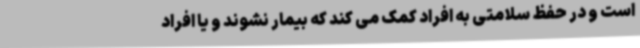
است و در حفظ سلامتی به افراد کمک می کند که بیمار نشوند و یا افراد